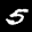
Label: 5